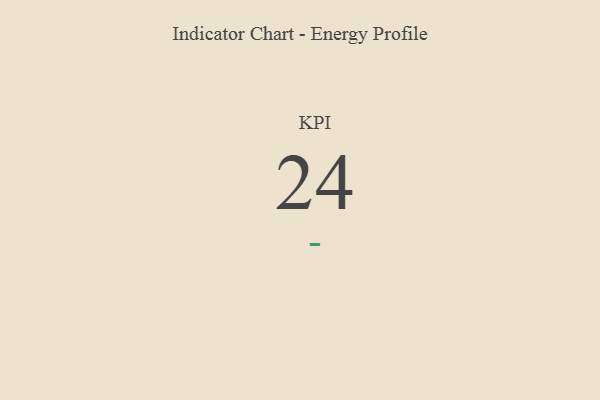
{"axis": {"x": "KPI", "y": "Value"}, "legend": [""], "data": [{"x": "KPI", "y": 24, "type": ""}]}